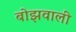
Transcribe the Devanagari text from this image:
बोझवाली